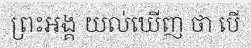
ព្រះអង្គ យល់ឃើញ ថា បើ